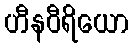
ဟီနဝီရိယော